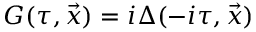
G ( \tau , \vec { x } ) = i \Delta ( - i \tau , \vec { x } )